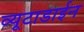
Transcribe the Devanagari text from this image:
व्यूटाडाईन